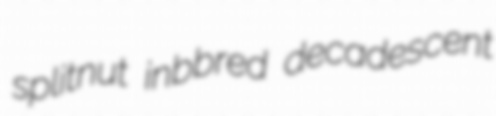
splitnut inbbred decadescent